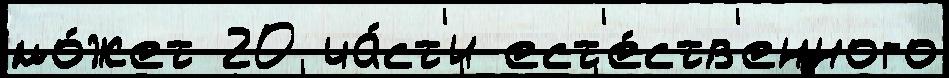
мо́жет 20 ча́ст'и ест'е́ств'енного